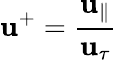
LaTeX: \mathbf{u}^{+}=\frac{{\mathbf{u}_{\| }}}{{\mathbf{u}_{\tau}}}